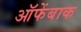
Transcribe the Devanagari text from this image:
ऑफेंबाक